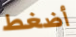
أضغط